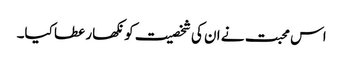
اس محبت نے ان کی شخصیت کو نکھار عطا کیا۔